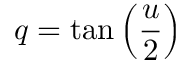
q = \tan \left( \frac { u } { 2 } \right)